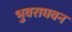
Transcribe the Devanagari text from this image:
भुवराघवन